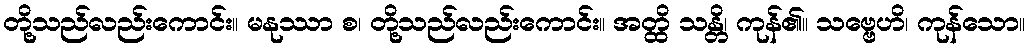
တို့သည်လည်းကောင်း။ မနုဿာ စ၊ တို့သည်လည်းကောင်း။ အတ္ထိ သန္တိ၊ ကုန်၏။ သဗ္ဗေဟိ၊ ကုန်သော။